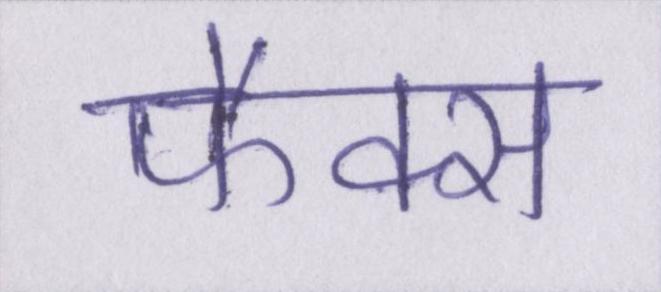
फैक्स